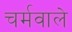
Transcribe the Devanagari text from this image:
चर्मवाले